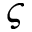
\varsigma